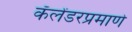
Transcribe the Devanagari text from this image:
कॅलेंडरप्रमाणे